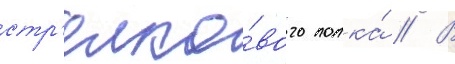
стр'елко́вого полка́ // В